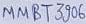
Text: MMBT3906